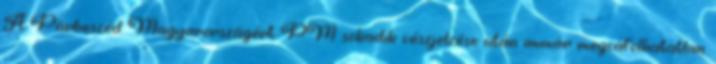
A Párbeszéd Magyarországért PM sokadik vészjelzése után immár megcáfolhatatlan